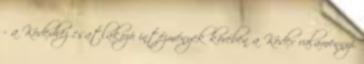
- a Kódexhez csatlakozó intézmények körében a Kódex valamennyi